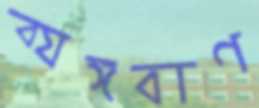
ব্যঙ্গবাণ